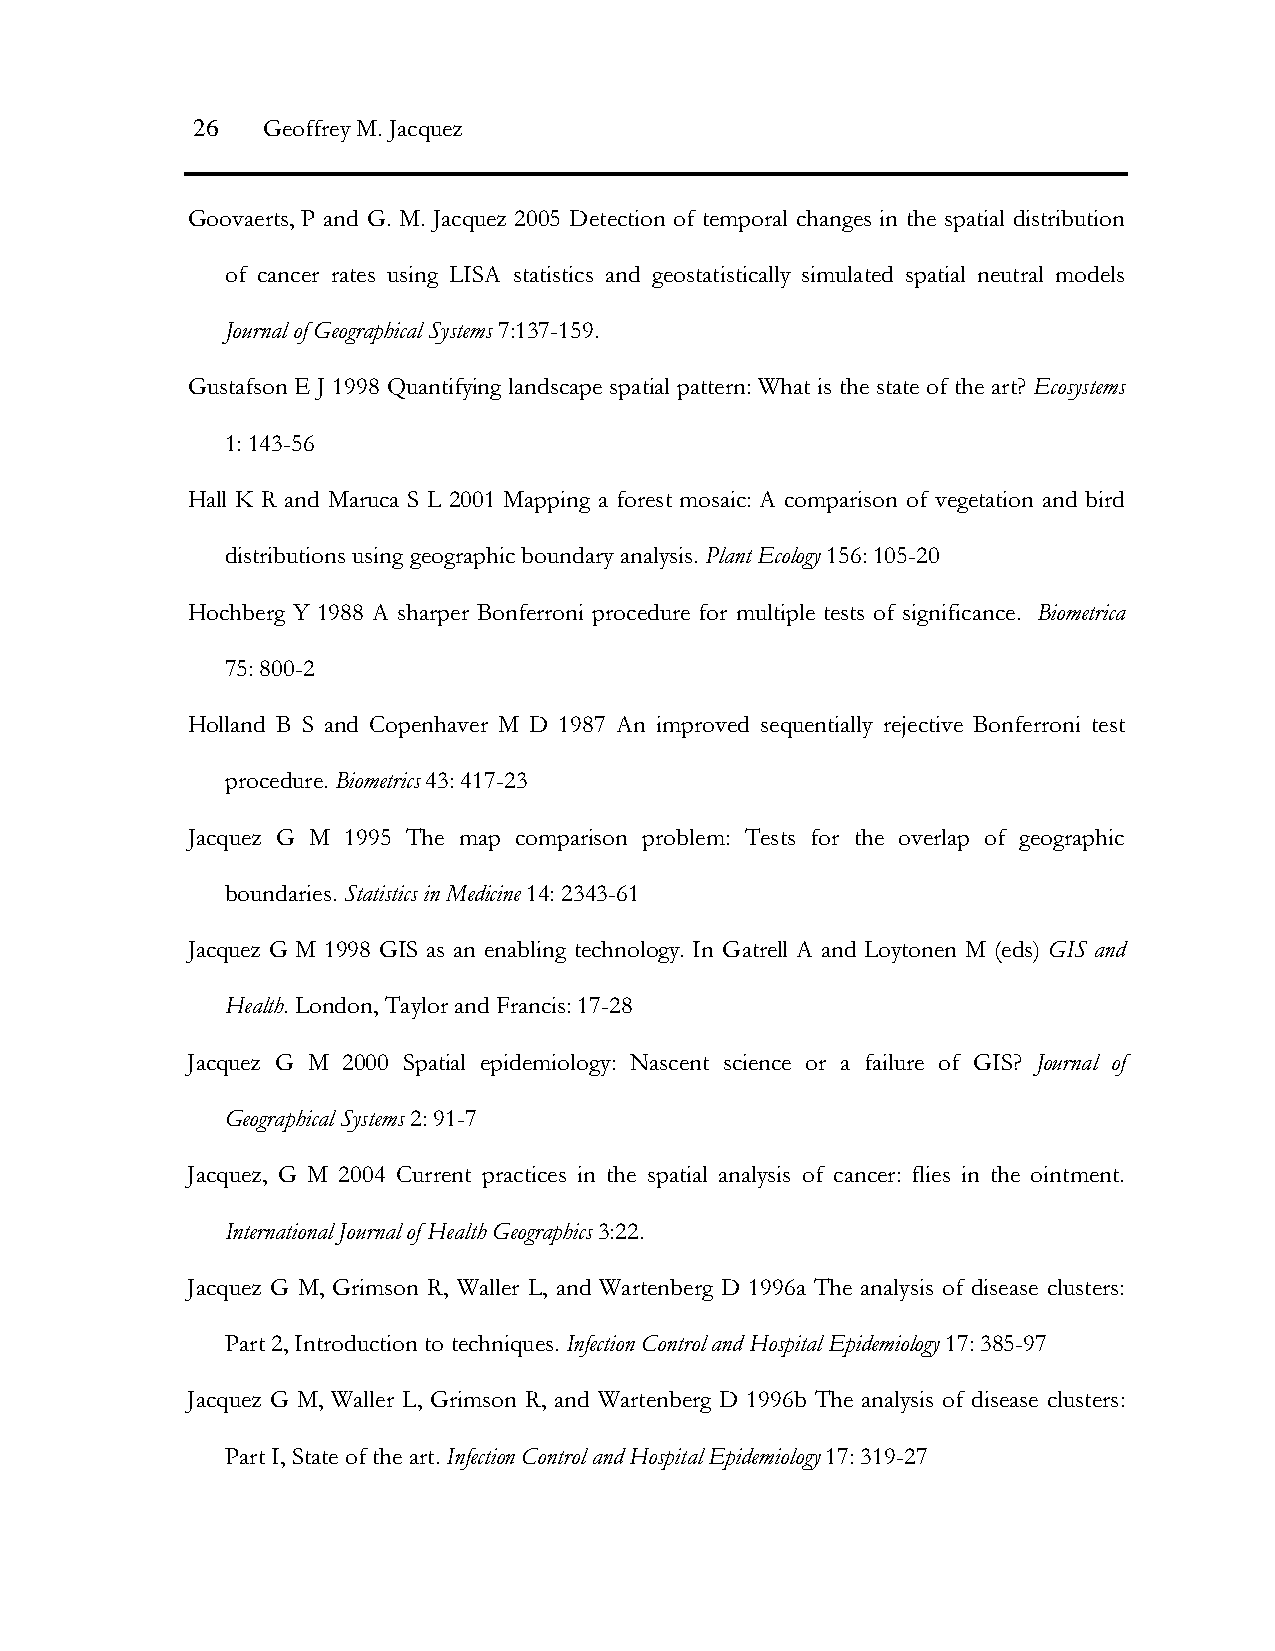
26  Geoffrey M. Jacquez
 Goovaerts, P and G. M. Jacquez 2005 Detection of temporal changes in the spatial distribution
 of cancer rates using LISA statistics and geostatistically simulated spatial neutral models
 Journal of Geographical Systems 7:137-159.
 Gustafson E J 1998 Quantifying landscape spatial pattern: What is the state of the art? Ecosystems
 1: 143-56
 Hall K R and Maruca S L 2001 Mapping a forest mosaic: A comparison of vegetation and bird
 distributions using geographic boundary analysis. Plant Ecology 156: 105-20
 Hochberg Y 1988 A sharper Bonferroni procedure for multiple tests of significance. Biometrica
 75: 800-2
 Holland B S and Copenhaver M D 1987 An improved sequentially rejective Bonferroni test
 procedure. Biometrics 43: 417-23
 Jacquez G M 1995 The map comparison problem: Tests for the overlap of geographic
 boundaries. Statistics in Medicine 14: 2343-61
 Jacquez G M 1998 GIS as an enabling technology. In Gatrell A and Loytonen M (eds) GIS and
 Health. London, Taylor and Francis: 17-28
 Jacquez G M 2000 Spatial epidemiology: Nascent science or a failure of GIS? Journal of
 Geographical Systems 2: 91-7
 Jacquez, G M 2004 Current practices in the spatial analysis of cancer: flies in the ointment.
 International Journal of Health Geographics 3:22.
 Jacquez G M, Grimson R, Waller L, and Wartenberg D 1996a The analysis of disease clusters:
 Part 2, Introduction to techniques. Infection Control and Hospital Epidemiology 17: 385-97
 Jacquez G M, Waller L, Grimson R, and Wartenberg D 1996b The analysis of disease clusters:
 Part I, State of the art. Infection Control and Hospital Epidemiology 17: 319-27